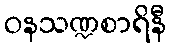
ဝနသဏ္ဍစာရိနီ